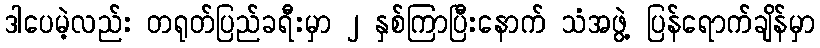
ဒါပေမဲ့လည်း တရုတ်ပြည်ခရီးမှာ ၂ နှစ်ကြာပြီးနောက် သံအဖွဲ့ ပြန်ရောက်ချိန်မှာ